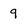
Character: 9